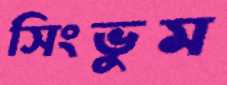
সিংভুম